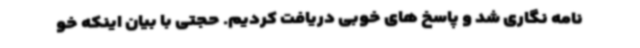
نامه نگاری شد و پاسخ های خوبی دریافت کردیم. حجتی با بیان اینکه خو